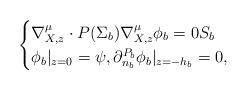
LaTeX: \begin{align*}\begin{cases}\nabla^{\mu}_{X,z} \cdot P(\Sigma_b) \nabla_{X,z}^{\mu }\phi_b = 0 S_b\\\phi_b|_{z = 0} = \psi, \partial_{n_{b}}^{P_b} \phi_b |_{z=-h_b} = 0,\end{cases}\end{align*}